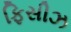
ફિસીઝ